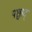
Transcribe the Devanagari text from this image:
पश्चाद्